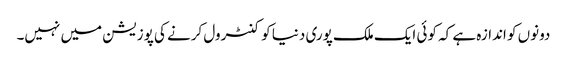
دونوں کو اندازہ ہے کہ کوئی ایک ملک پوری دنیا کو کنٹرول کرنے کی پوزیشن میں نہیں۔